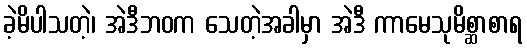
ခဲ့မိပါသတဲ့၊ အဲဒီဘဝက သေတဲ့အခါမှာ အဲဒီ ကာမေသုမိစ္ဆာစာရ